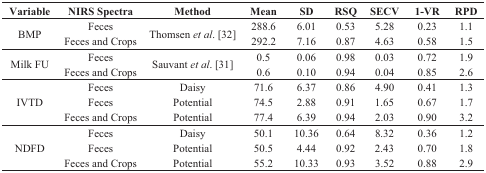
<table><thead><tr><td><b>Variable</b></td><td><b>NIRS Spectra</b></td><td><b>Method</b></td><td><b>Mean</b></td><td><b>SD</b></td><td><b>RSQ</b></td><td><b>SECV</b></td><td><b>1-VR</b></td><td><b>RPD</b></td></tr></thead><tbody><tr><td rowspan="2">BMP</td><td>Feces</td><td rowspan="2">Thomsen <i>et al</i>. [32]</td><td>288.6</td><td>6.01</td><td>0.53</td><td>5.28</td><td>0.23</td><td>1.1</td></tr><tr><td>Feces and Crops</td><td>292.2</td><td>7.16</td><td>0.87</td><td>4.63</td><td>0.58</td><td>1.5</td></tr><tr><td rowspan="2">Milk FU</td><td>Feces</td><td rowspan="2">Sauvant <i>et al</i>. [31]</td><td>0.5</td><td>0.06</td><td>0.98</td><td>0.03</td><td>0.72</td><td>1.9</td></tr><tr><td>Feces and Crops</td><td>0.6</td><td>0.10</td><td>0.94</td><td>0.04</td><td>0.85</td><td>2.6</td></tr><tr><td rowspan="3">IVTD</td><td>Feces</td><td>Daisy</td><td>71.6</td><td>6.37</td><td>0.86</td><td>4.90</td><td>0.41</td><td>1.3</td></tr><tr><td>Feces</td><td>Potential</td><td>74.5</td><td>2.88</td><td>0.91</td><td>1.65</td><td>0.67</td><td>1.7</td></tr><tr><td>Feces and Crops</td><td>Potential</td><td>77.4</td><td>6.39</td><td>0.94</td><td>2.03</td><td>0.90</td><td>3.2</td></tr><tr><td rowspan="3">NDFD</td><td>Feces</td><td>Daisy</td><td>50.1</td><td>10.36</td><td>0.64</td><td>8.32</td><td>0.36</td><td>1.2</td></tr><tr><td>Feces</td><td>Potential</td><td>50.5</td><td>4.44</td><td>0.92</td><td>2.43</td><td>0.70</td><td>1.8</td></tr><tr><td>Feces and Crops</td><td>Potential</td><td>55.2</td><td>10.33</td><td>0.93</td><td>3.52</td><td>0.88</td><td>2.9</td></tr></tbody></table>